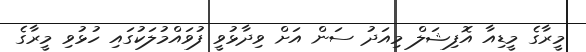
މީރާގެ މީޑިއާ އޮފިޝަލް މިއަދު ސަން އަށް ވިދާޅުވީ ފުވައްމުލަކުގައި ހުޅުވި މީރާގެ